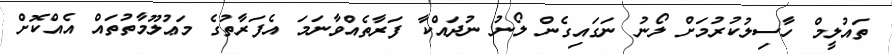
ތައުލީމް ހާސިލުކުރުމަށް ލޯނު ނަގައިގެން ލޯނު ނުދައްކާ ފަރާތެއްވާނަމަ އެފަރާތުގެ މަޢުލޫމާތުތައް އެއްކޮށް